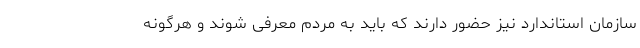
سازمان استاندارد نیز حضور دارند که باید به مردم معرفی شوند و هرگونه